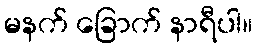
မနက် ခြောက် နာရီပါ။